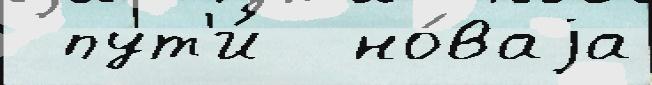
 пут'и́  но́ваjа